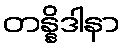
တန္နိဒါနာ